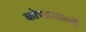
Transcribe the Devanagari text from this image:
कोणालातरी